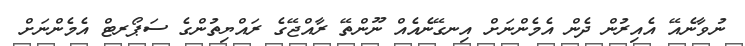
ނުވާނެއޭ އެއިރުން ދެން އެމެންނަށް އިނގޭނެއެެއް ނޫންތޭ ރާއްޖޭގެ ރައްޔިތުންގެ ސަޕޯރޓް އެމެންނަށް